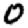
Digit: 0